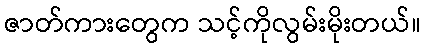
ဇာတ်ကားတွေက သင့်ကိုလွမ်းမိုးတယ်။